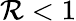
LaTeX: \mathcal{R}<1